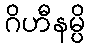
ဂိဟီနမ္ပိ